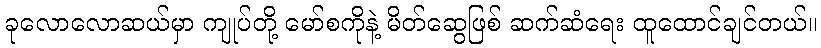
ခုလောလောဆယ်မှာ ကျုပ်တို့ မော်စကိုနဲ့ မိတ်ဆွေဖြစ် ဆက်ဆံရေး ထူထောင်ချင်တယ်။